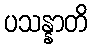
ပသန္နာတိ